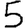
Digit: 5